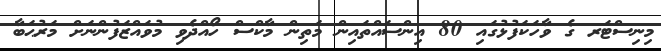
މިނިސްޓަރ ގެ ވާހަަކަފުޅުގައި 80 އިންސައްތައިން މަތިން މާކްސް ހޯއްދެވި މުވައްޒަފުންނަށް މަރުޙަބާ